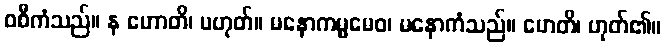
ဝစီကံသည်။ န ဟောတိ၊ မဟုတ်။ မနောကမ္မမေဝ၊ မနောကံသည်။ ဟေတိ၊ ဟုတ်၏။